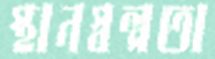
স্থানস্বল্পতা